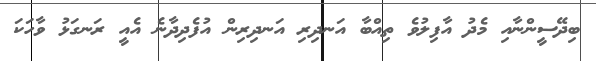
ބިދޭސީންނާއި މެދު އާފިލުވެ ތިއްބާ އަނދިރި އަނދިރިން އުފެދިދާނެ އެއީ ރަނގަޅު ވާހަކަ